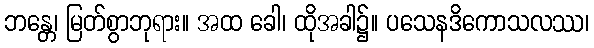
ဘန္တေ၊ မြတ်စွာဘုရား။ အထ ခေါ၊ ထိုအခါ၌။ ပသေနဒိကောသလဿ၊